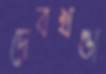
দেবখণ্ডা